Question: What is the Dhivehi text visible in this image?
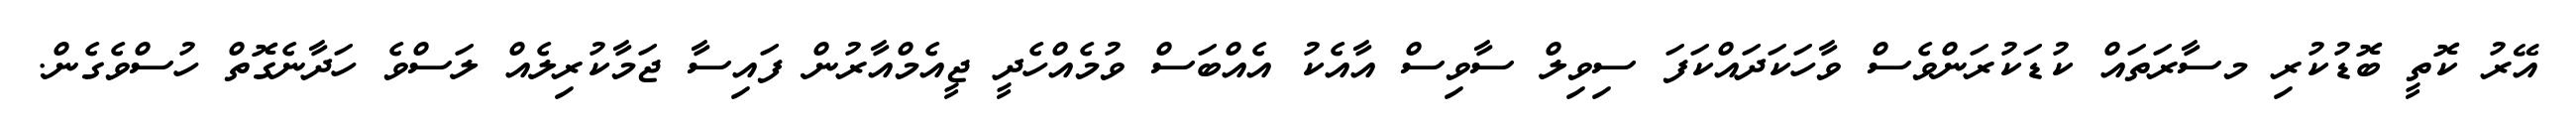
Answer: އޭރު ކޮތީ ބޮޑުކުރި މސާރަތައް ކުޑަކުރަންވެސް ވާހަކަދައްކަފަ ސިވިލް ސާވިސް އާއެކު އެއްބަސް ވުމެއްހެދީ ޖީއެމްއާރުން ފައިސާ ޖަމާކުރިލެއް ލަސްވެ ހަދާނެގޮތް ހުސްވެގެން.